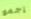
إجمع